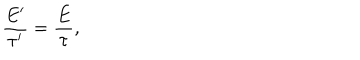
LaTeX: \frac { E ^ { \prime } } { \tau ^ { \prime } } = \frac { E } { \tau } ,